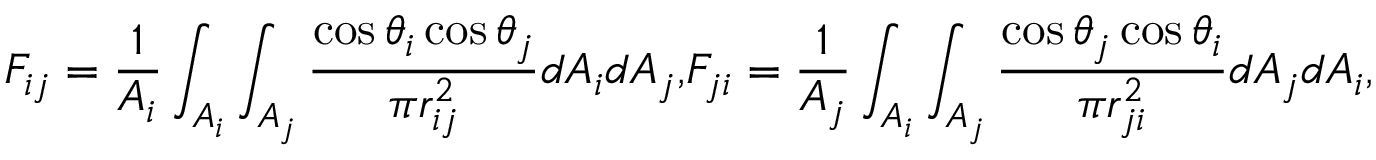
F _ { i j } = \frac { 1 } { A _ { i } } \int _ { A _ { i } } \int _ { A _ { j } } \frac { \cos { \theta _ { i } } \cos { \theta _ { j } } } { \pi r _ { i j } ^ { 2 } } d A _ { i } d A _ { j } { , } F _ { j i } = \frac { 1 } { A _ { j } } \int _ { A _ { i } } \int _ { A _ { j } } \frac { \cos { \theta _ { j } } \cos { \theta _ { i } } } { \pi r _ { j i } ^ { 2 } } d A _ { j } d A _ { i } { , }